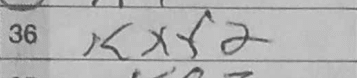
Transcription: Kxf2